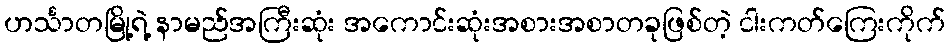
ဟင်္သာတမြို့ရဲ့ နာမည်အကြီးဆုံး အကောင်းဆုံးအစားအစာတခုဖြစ်တဲ့ ငါးကတ်ကြေးကိုက်